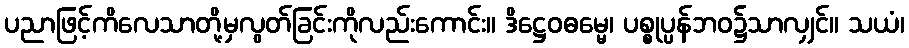
ပညာဖြင့်ကိလေသာတို့မှလွတ်ခြင်းကိုလည်းကောင်း။ ဒိဋ္ဌေဝဓမ္မေ၊ ပစ္စုပ္ပန်ဘဝ၌သာလျှင်။ သယံ၊